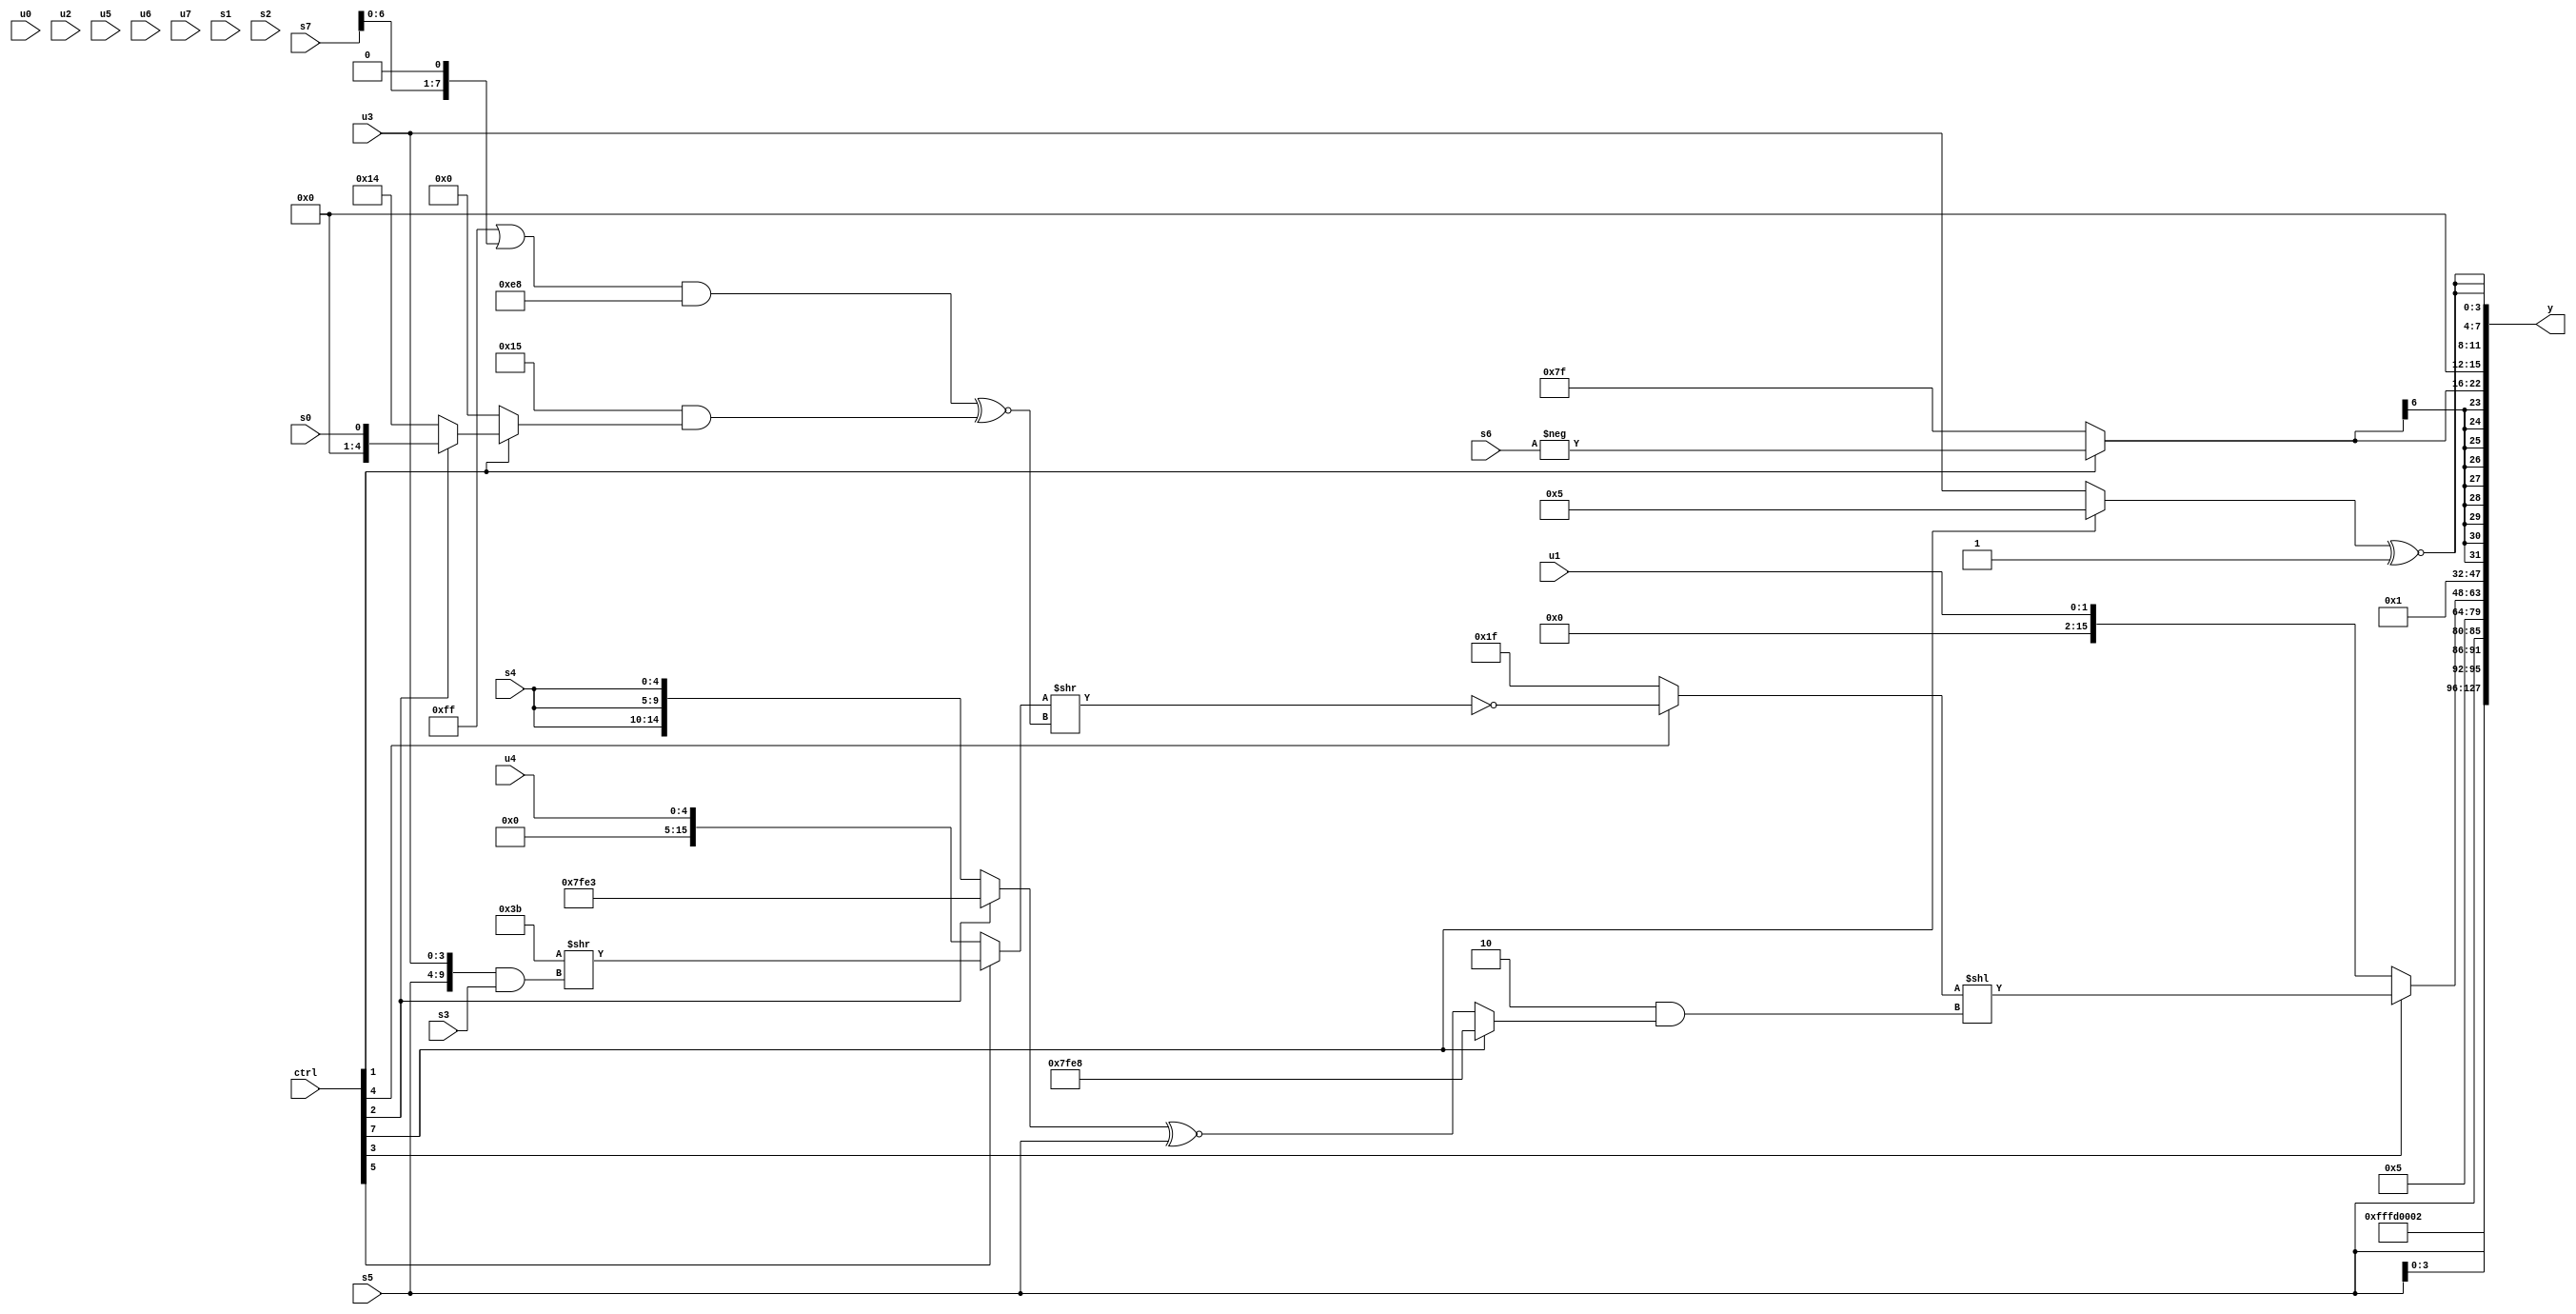
module wideexpr_00310(ctrl, u0, u1, u2, u3, u4, u5, u6, u7, s0, s1, s2, s3, s4, s5, s6, s7, y);
  input [7:0] ctrl;
  input [0:0] u0;
  input [1:0] u1;
  input [2:0] u2;
  input [3:0] u3;
  input [4:0] u4;
  input [5:0] u5;
  input [6:0] u6;
  input [7:0] u7;
  input signed [0:0] s0;
  input signed [1:0] s1;
  input signed [2:0] s2;
  input signed [3:0] s3;
  input signed [4:0] s4;
  input signed [5:0] s5;
  input signed [6:0] s6;
  input signed [7:0] s7;
  output [127:0] y;
  wire [15:0] y0;
  wire [15:0] y1;
  wire [15:0] y2;
  wire [15:0] y3;
  wire [15:0] y4;
  wire [15:0] y5;
  wire [15:0] y6;
  wire [15:0] y7;
  assign y = {y0,y1,y2,y3,y4,y5,y6,y7};
  assign y0 = 4'sb1101;
  assign y1 = 4'sb0010;
  assign y2 = {4{s5}};
  assign y3 = $signed(5'b00101);
  assign y4 = (ctrl[3]?((ctrl[4]?~(((ctrl[5]?({3'sb011,4'sb1011})>>(({s5,u3})&($unsigned(s3))):u4))>>((((-(4'b0001))|((s7)<<(1'sb1)))&((6'sb000110)^~(5'sb10001)))^~((5'sb10101)&((ctrl[1]?(ctrl[2]?s0:5'sb10100):3'sb000))))):5'sb11111))<<(((5'sb00000)^($signed(3'sb110)))&((ctrl[7]?(ctrl[7]?6'sb101000:-(+(s3))):+(((ctrl[2]?6'sb100011:$signed({3{s4}})))^~(s5))))):u1);
  assign y5 = 2'sb01;
  assign y6 = $signed((ctrl[1]?-($signed($unsigned(s6))):2'sb11));
  assign y7 = {3{($signed((ctrl[7]?4'sb0101:u3)))^~($signed($unsigned({1{{3{1'b1}}}})))}};
endmodule